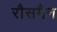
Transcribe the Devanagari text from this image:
रौसमैन